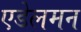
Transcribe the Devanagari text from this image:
एडेलमन